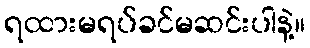
ရထားမရပ်ခင်မဆင်းပါနဲ့။